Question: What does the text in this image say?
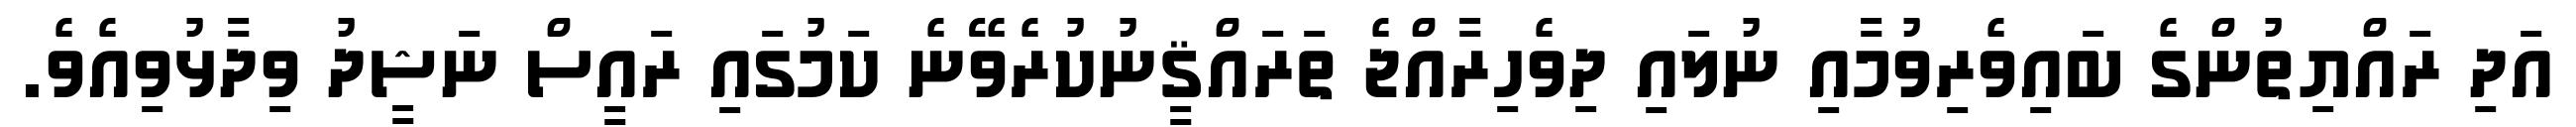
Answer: އަދި ރައްޔިތުންގެ ބައިވެރިވުމާއި ނުލައި ދިވެހިރާއްޖެ ތަރައްޤީނުކުރެވޭނެ ކަމުގައި ރައީސް ނަޝީދު ވިދާޅުވިއެވެ.